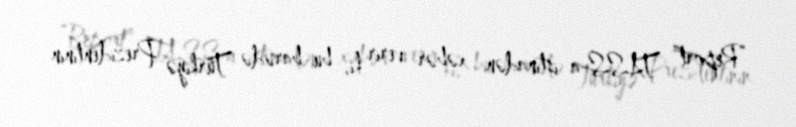
“Report” TASS-a istinadən xəbər verir ki, bu barədə Türkiyə Prezidentinin